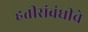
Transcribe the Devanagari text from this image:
हत्तीसंबंधीचे